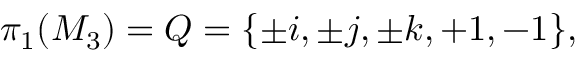
\pi _ { 1 } ( M _ { 3 } ) = Q = \{ \pm i , \pm j , \pm k , + 1 , - 1 \} ,